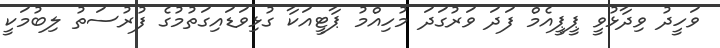
ވަހީދު ވިދާޅުވީ ޕީޕީއެމް ފަދަ ވަރުގަދަ މުހިއްމު ޕާޓީއަކާ ގުޅިވަޑައިގަތުމުގެ ފުރުސަތު ލިބުމަކީ